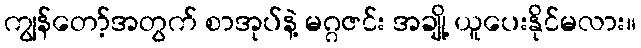
ကျွန်တော့်အတွက် စာအုပ်နဲ့ မဂ္ဂဇင်း အချို့ ယူပေးနိုင်မလား။